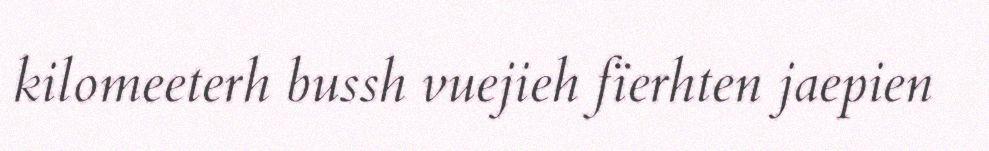
kilomeeterh bussh vuejieh fïerhten jaepien